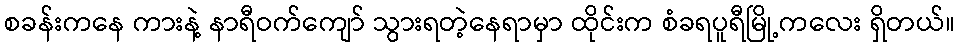
စခန်းကနေ ကားနဲ့ နာရီဝက်ကျော် သွားရတဲ့နေရာမှာ ထိုင်းက စံခရပူရီမြို့ကလေး ရှိတယ်။